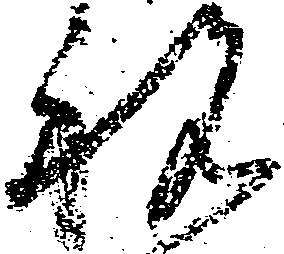
祝